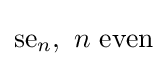
{\text{se}}_{n},\ n{\text{ even}}